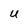
Character: U